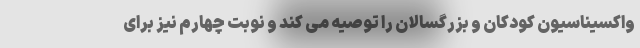
واکسیناسیون کودکان و بزرگسالان را توصیه می کند و نوبت چهارم نیز برای